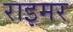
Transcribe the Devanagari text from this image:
राइमर